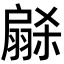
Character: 𭠋